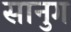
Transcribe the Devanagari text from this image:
सानुग